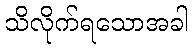
သိလိုက်ရသောအခါ